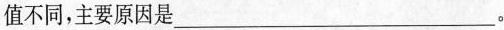
值不同，主要原因是___。